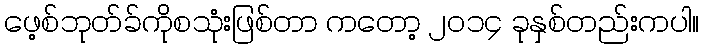
ဖေ့စ်ဘုတ်ခ်ကိုစသုံးဖြစ်တာ ကတော့ ၂ဝ၁၄ ခုနှစ်တည်းကပါ။